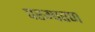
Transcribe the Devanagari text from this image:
परम्परण